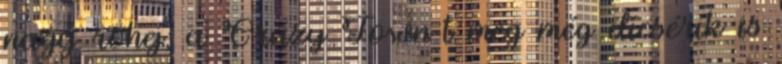
nagy röhej, a Crazy Town-t meg még dícsérik is